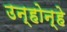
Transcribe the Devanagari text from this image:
उन्होन्हे